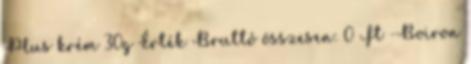
Plus krém 30g Érték Bruttó összesen: 0 Ft -Boiron